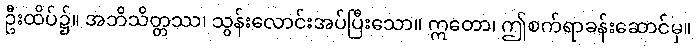
ဦးထိပ်၌။ အဘိသိတ္တဿ၊ သွန်းလောင်းအပ်ပြီးသော။ ဣတော၊ ဤစက်ရာခန်းဆောင်မှ။